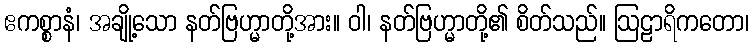
ဧကစ္စာနံ၊ အချို့သော နတ်ဗြဟ္မာတို့အား။ ဝါ၊ နတ်ဗြဟ္မာတို့၏ စိတ်သည်။ ဩဠာရိကတော၊